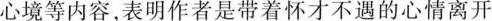
心境等内容，表明作者是带着怀才不遇的心情离开